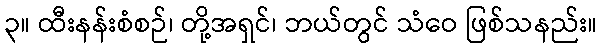
၃။ ထီးနန်းစံစဉ်၊ တို့အရှင်၊ ဘယ်တွင် သံဝေ ဖြစ်သနည်း။